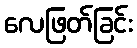
လေဖြတ်ခြင်း